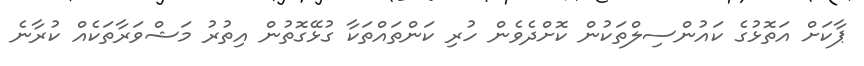
ޕާކަށް އަތޮޅުގެ ކައުންސިލްތަކުން ކޮށްދެވެން ހުރި ކަންތައްތަކާ ގުޅޭގޮތުން އިތުރު މަޝްވަރާތަކެއް ކުރާނެ